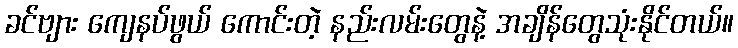
ခင်ဗျား ကျေနပ်ဖွယ် ကောင်းတဲ့ နည်းလမ်းတွေနဲ့ အချိန်တွေသုံးနိုင်တယ်။